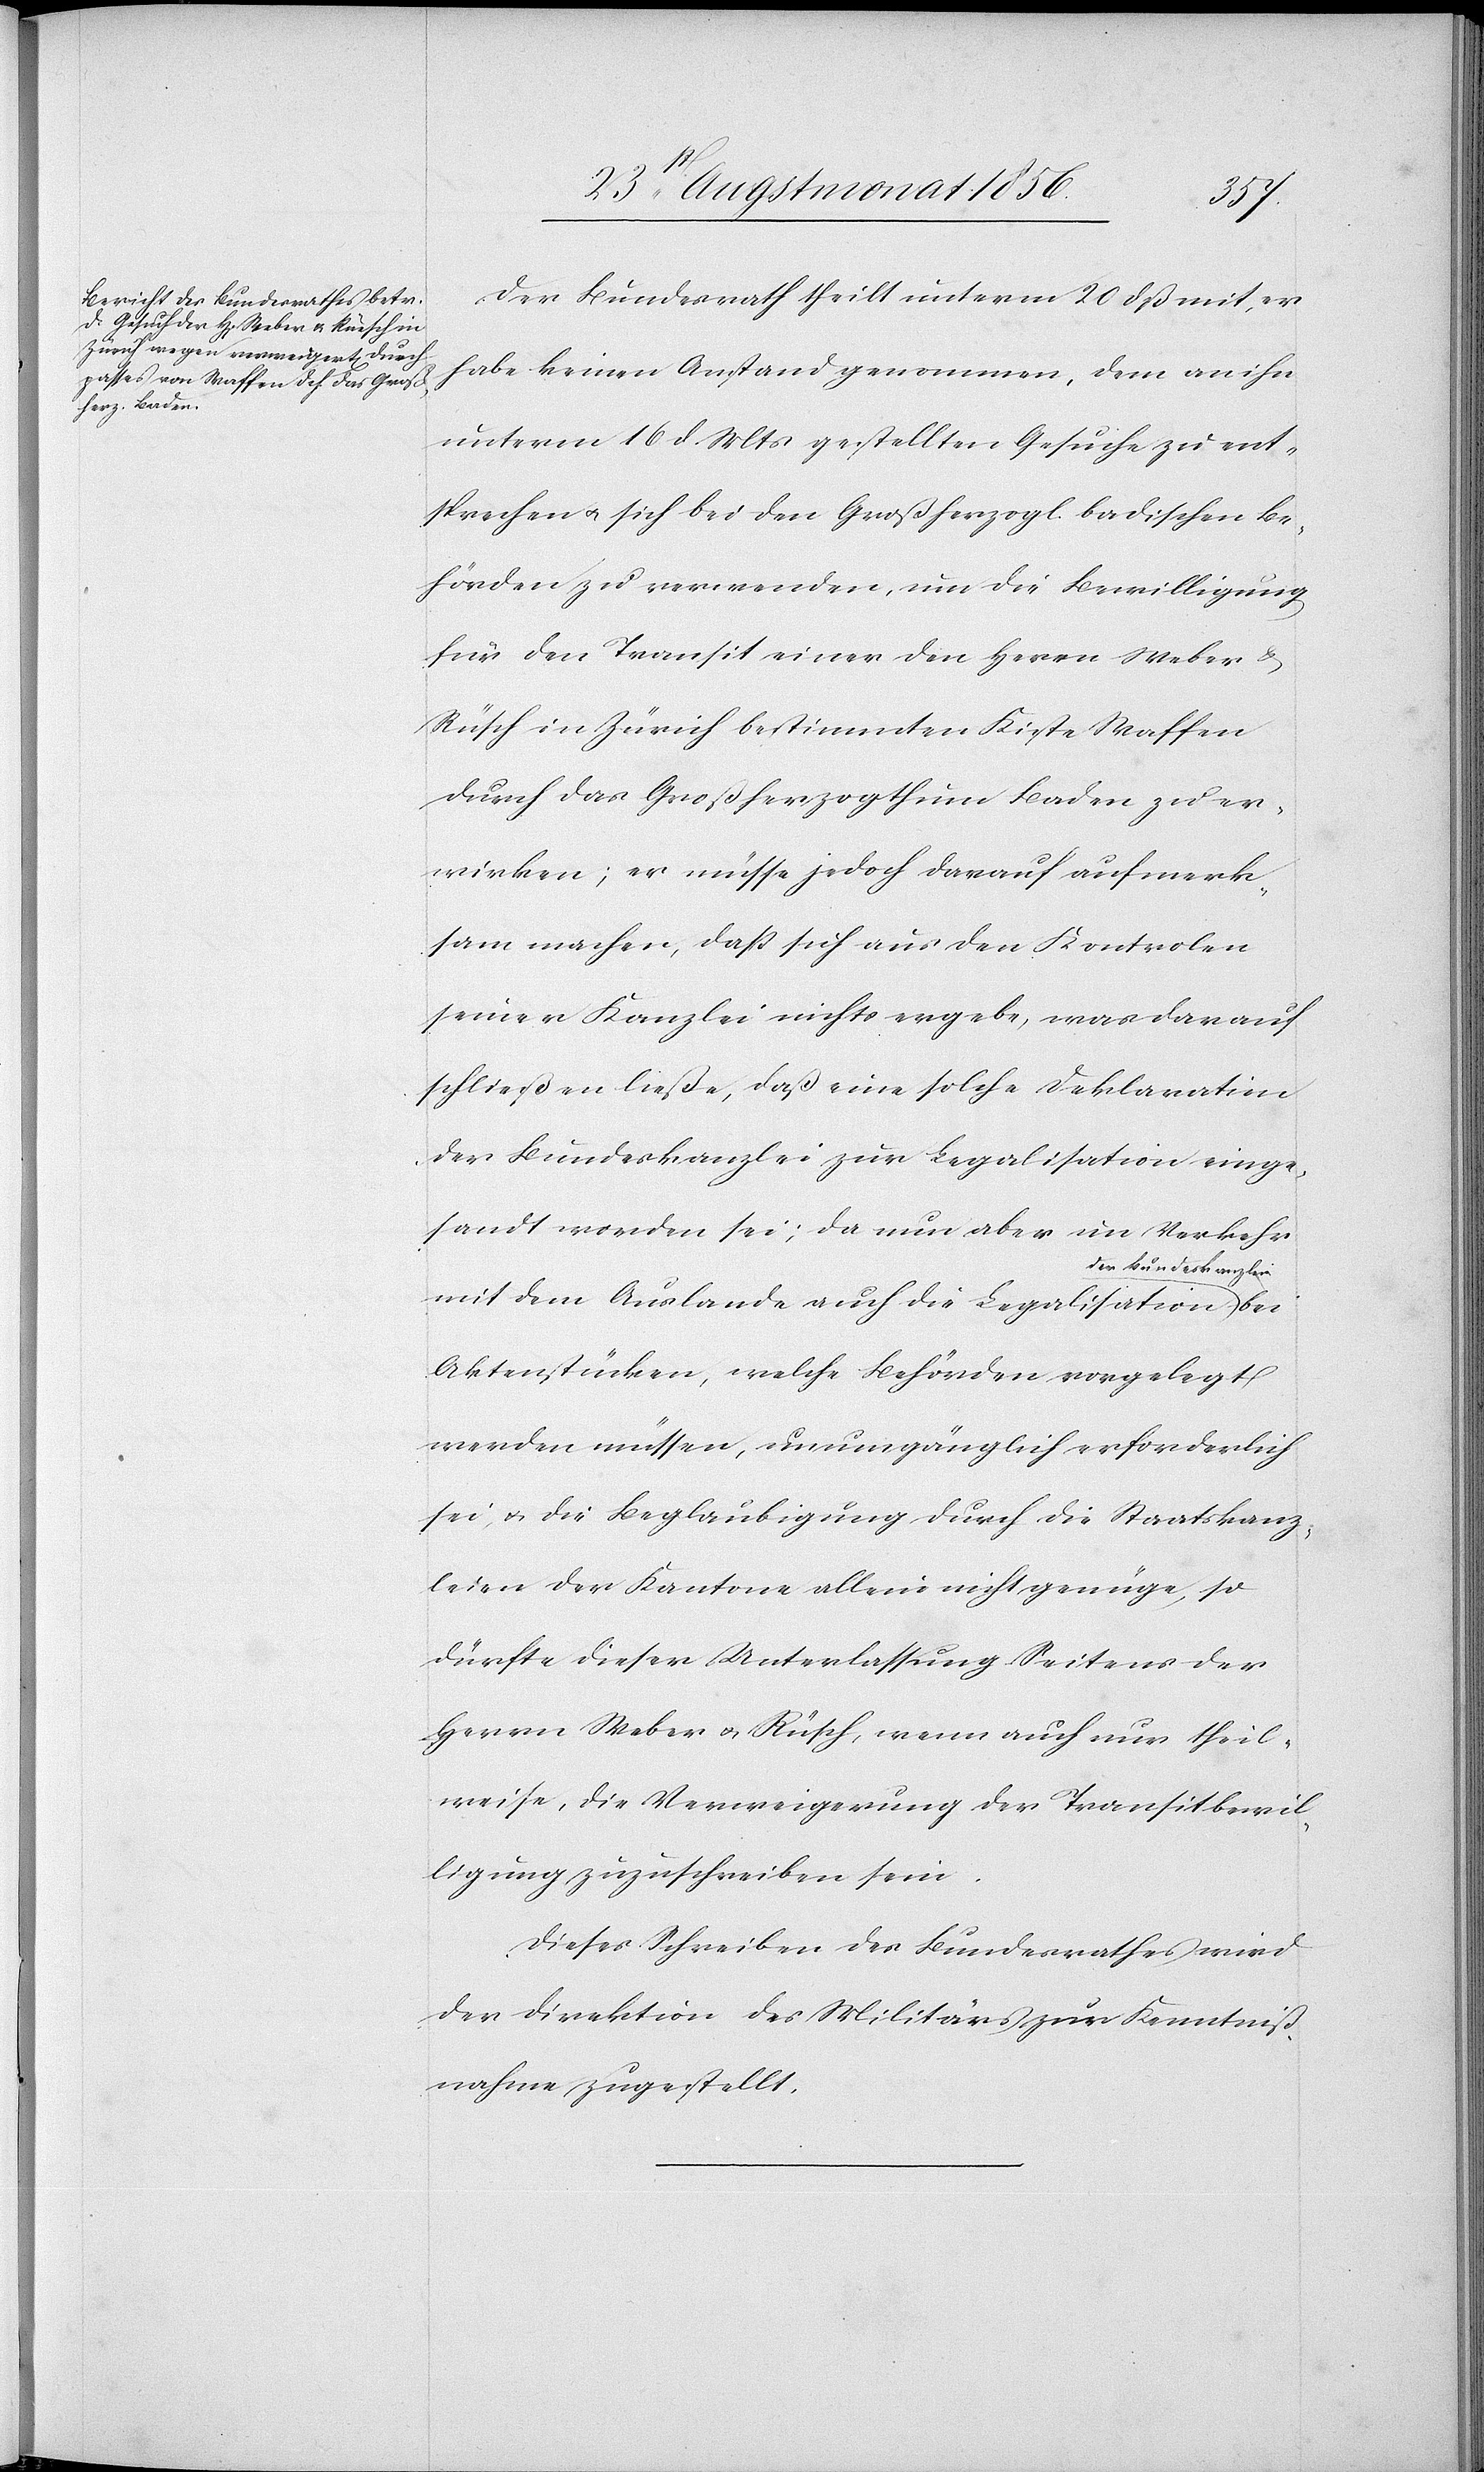
Der Bundesrath theilt unterm 20 dß mit, er
habe keinen Anstand genommen, dem an ihn
unterm 16 d. Mts gestellten Gesuche zu ent¬
sprechen u. sich bei den Großherzogl. badischen Be¬
hörden zu verwenden, um die Bewilligung
für den Transit einer den Herrn Weber &
[sic!] in Zürich bestimmten Kiste Waffen
durch das Großherzogthum Baden zu er¬
wirken; er müsse jedoch darauf aufmerk¬
sam machen, dass sich aus den Kontrolen
seiner Kanzlei nichts ergebe, was darauf
schließen ließe, daß eine solche Deklaration
der Bundeskanzlei zur Legalisation einge¬
sandt worden sei; da nun aber im Verkehr
er Bundeskanzlei-a
mit dem Auslande auch die Legalisation a-d¬
Aktenstücken, welche Behörden vorgelegt
werden müssen, unumgänglich erforderlich
sei u. die Beglaubigung durch die Staatskanz¬
leien der Kantone allein nicht genüge, so
dürfte dieser Unterlassung Seitens der
Herrn Weber u. Rüsch, wenn auch nur theil¬
weise, die Verweigerung der Transitbewil¬
ligung zuzuschreiben sein.
bei
Dieses Schreiben des Bundesrathes wird
der Direktion des Militärs zur Kenntniß¬
nahme zugestellt.